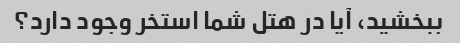
ببخشید، آیا در هتل شما استخر وجود دارد؟